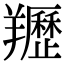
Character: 䍽